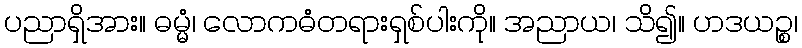
ပညာရှိအား။ ဓမ္မံ၊ လောကဓံတရားရှစ်ပါးကို။ အညာယ၊ သိ၍။ ဟဒယဉ္စ၊